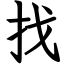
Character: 找